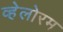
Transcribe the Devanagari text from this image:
व्हेलोरम